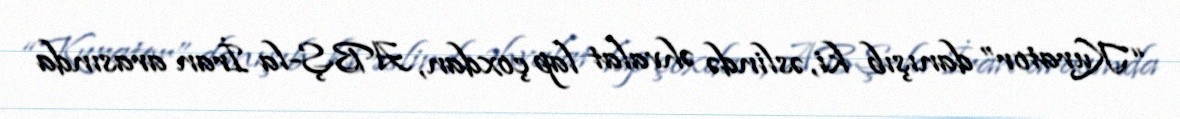
“Kurator” danışıb ki, əslində əhvalat lap çoxdan, ABŞ-la İran arasında